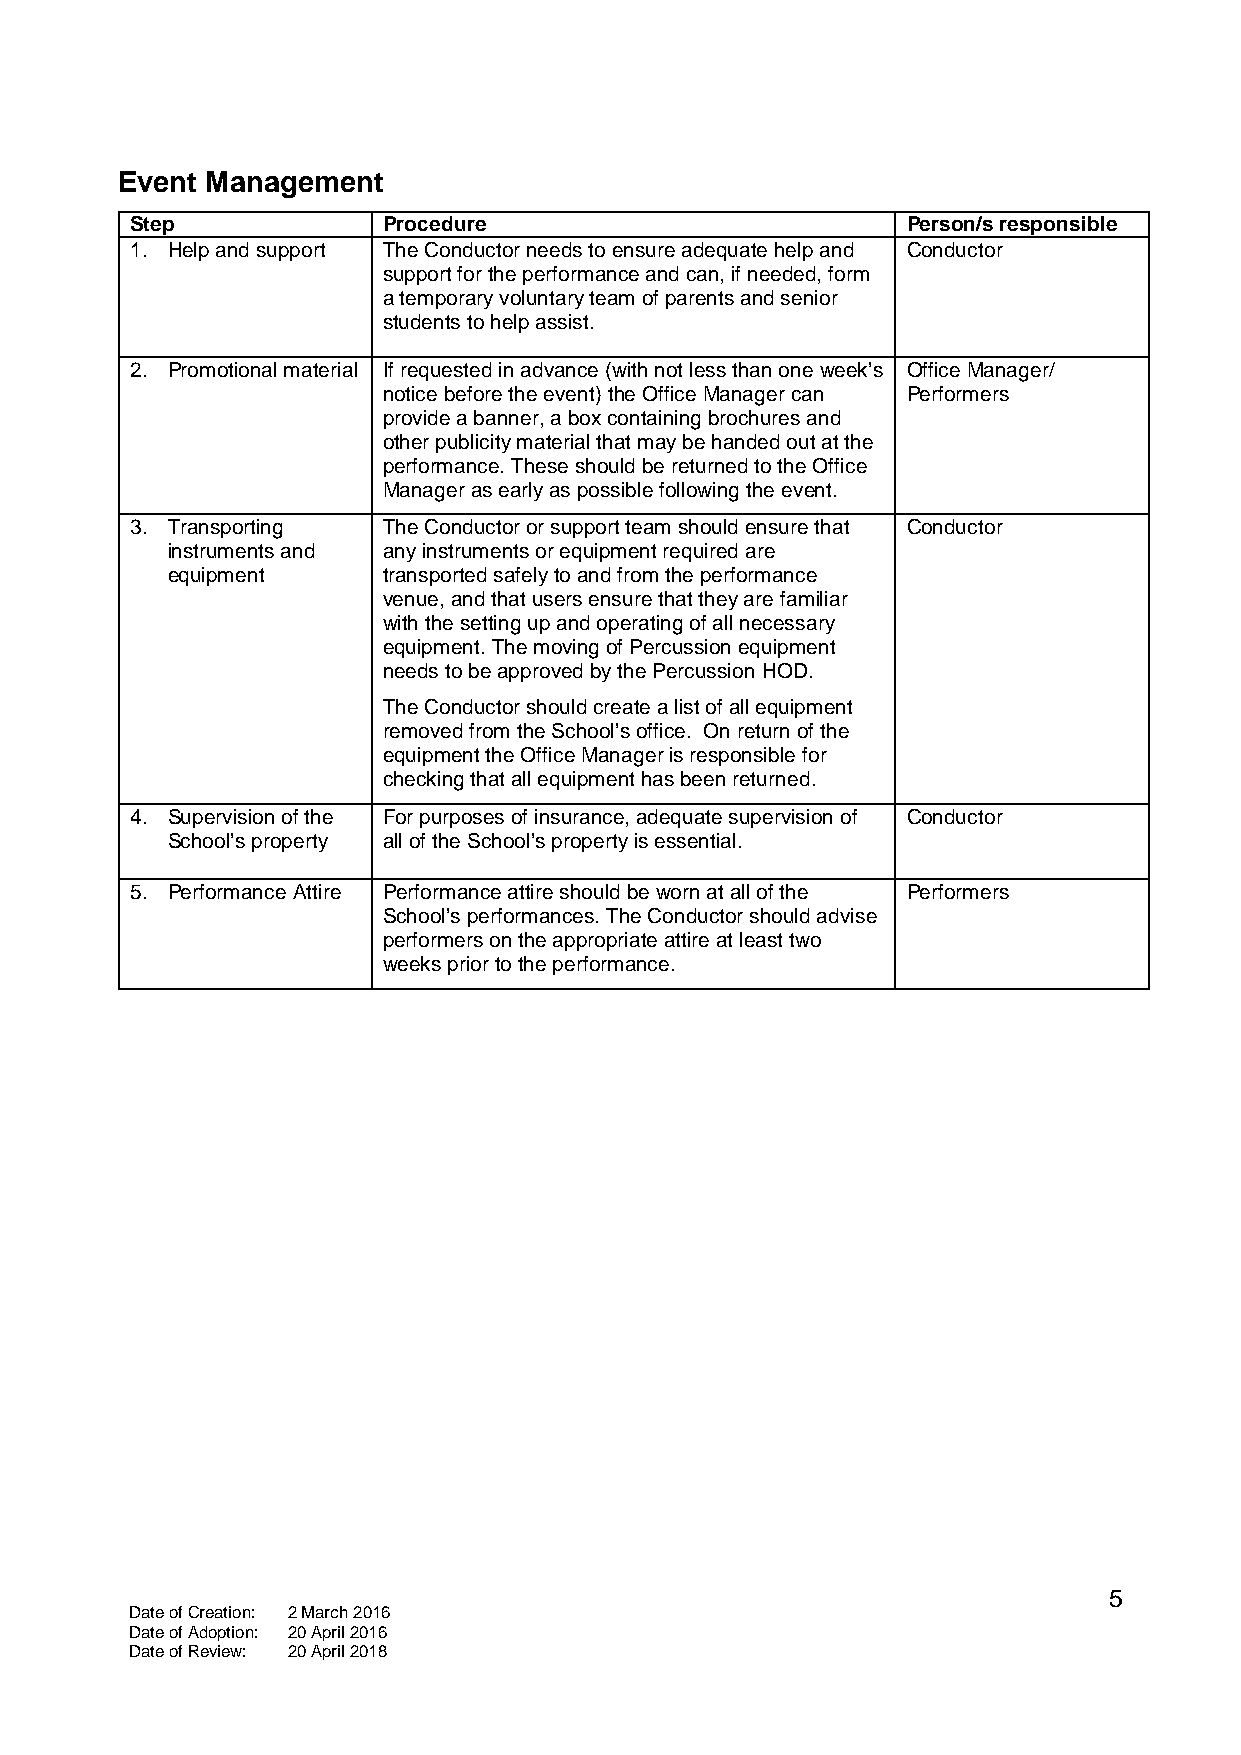
Event Management
 Step            Procedure                          Person/s responsible
 1. Help and support The Conductor needs to ensure adequate help and Conductor
 support for the performance and can, if needed, form
 a temporary voluntary team of parents and senior
 students to help assist.
 2. Promotional material If requested in advance (with not less than one week’s Office Manager/
 notice before the event) the Office Manager can Performers
 provide a banner, a box containing brochures and
 other publicity material that may be handed out at the
 performance. These should be returned to the Office
 Manager as early as possible following the event.
 3. Transporting The Conductor or support team should ensure that Conductor
 instruments and any instruments or equipment required are
 equipment     transported safely to and from the performance
 venue, and that users ensure that they are familiar
 with the setting up and operating of all necessary
 equipment. The moving of Percussion equipment
 needs to be approved by the Percussion HOD.
 The Conductor should create a list of all equipment
 removed from the School’s office. On return of the
 equipment the Office Manager is responsible for
 checking that all equipment has been returned.
 4. Supervision of the For purposes of insurance, adequate supervision of Conductor
 School’s property all of the School’s property is essential.
 5. Performance Attire Performance attire should be worn at all of the Performers
 School’s performances. The Conductor should advise
 performers on the appropriate attire at least two
 weeks prior to the performance.
 5
 Date of Creation: 2 March 2016
 Date of Adoption: 20 April 2016
 Date of Review: 20 April 2018